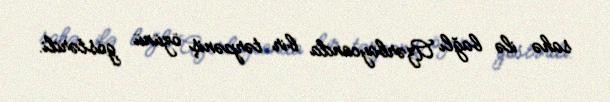
sahə ilə bağlı Azərbaycanda bir tərpəniş özünü göstərdi.